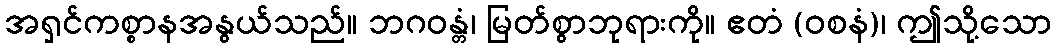
အရှင်ကစ္စာနအနွယ်သည်။ ဘဂဝန္တံ၊ မြတ်စွာဘုရားကို။ ဧတံ (ဝစနံ)၊ ဤသို့သော